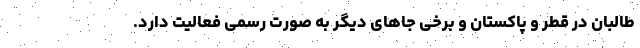
طالبان در قطر و پاکستان و برخی جاهای دیگر به صورت رسمی فعالیت دارد.